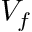
V _ { f }